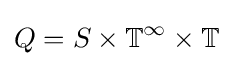
Q=S\times \mathbb {T} ^{\infty }\times \mathbb {T}